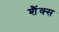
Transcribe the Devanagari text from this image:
शैंक्स